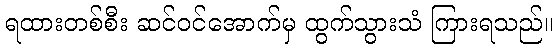
ရထားတစ်စီး ဆင်ဝင်အောက်မှ ထွက်သွားသံ ကြားရသည်။